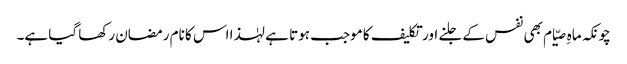
چونکہ ماہِ صیّام بھی نفس کے جلنے اور تکلیف کا موجب ہوتا ہے لہٰذا اس کا نام رمضان رکھا گیا ہے۔